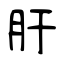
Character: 肝